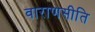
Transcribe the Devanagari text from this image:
वाराणसीति